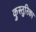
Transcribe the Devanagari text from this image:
कुस्तुरिका